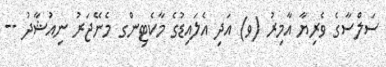
ސަލްސާގެ ވެރިޔާ އާމިރު (ވ) އަދި އެލައިޑުގެ މާކެޓިންގ މެނޭޖަރު ނިއުޝާދު --